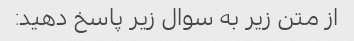
از متن زیر به سوال زیر پاسخ دهید: